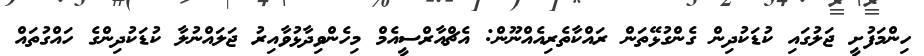
ހިންމަފުށީ ޖަލުގައި ކުޑަކުދިން ގެންގުޅޭތަން ރައްކާތެރިއެއްނޫން: އެޗްއާރްސީއެމް މިހެންވިދާޅުވާއިރު ޖަލައްނުލާ ކުޑަކުދިންގެ ހައްގުތައް